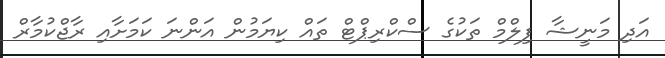
އަދި މަނީޝާ ފިލްމް ތަކުގެ ސްކްރިޕްޓް ތައް ކިޔަމުން އަންނަ ކަމަށާއި ރާޖްކުމާރް